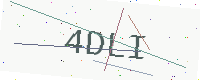
Text: 4DLI